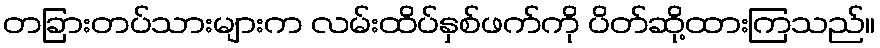
တခြားတပ်သားများက လမ်းထိပ်နှစ်ဖက်ကို ပိတ်ဆို့ထားကြသည်။